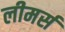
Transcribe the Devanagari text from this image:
लीमर्स